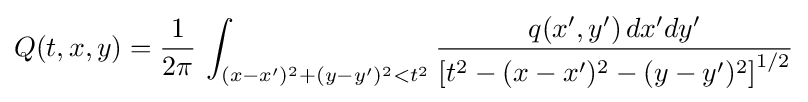
Q(t,x,y)={\frac {1}{2\pi }}\,\int _{(x-x')^{2}+(y-y')^{2}<t^{2}}{\frac {q(x',y')\,dx'dy'}{\left[t^{2}-(x-x')^{2}-(y-y')^{2}\right]^{1/2}}}